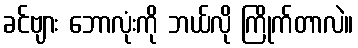
ခင်ဗျား ဘောလုံးကို ဘယ်လို ကြိုက်တာလဲ။